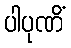
ပါပုဏိံ